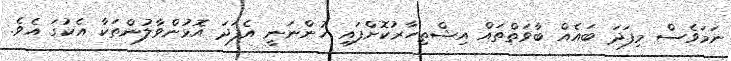
ނަމަވެސް މިފަދަ ބައެއް ބާވަތްތައް އިޝްތިހާރުކޮށްފައި ހުންނަނީ އެފަދަ އޮޅުންވާލުންތަކާ އެކުގަ އެވެ.